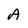
Character: A